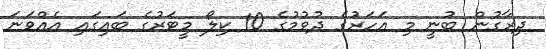
ދިރާގުން ބުނީ މި އަހަރުގެ ދުވުމުގެ 10 ކިލޯ މީޓަރުގެ ބައިގައި އެއްވަނަ